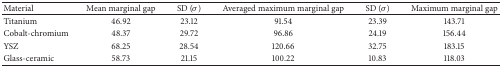
| Material | Mean marginal gap | SD (σ) | Averaged maximum marginal gap | SD (σ) | Maximum marginal gap |
 | --- | --- | --- | --- | --- | --- |
 | Titanium | 46.92 | 23.12 | 91.54 | 23.39 | 143.71 |
 | Cobalt-chromium | 48.37 | 29.72 | 96.86 | 24.19 | 156.44 |
 | YSZ | 68.25 | 28.54 | 120.66 | 32.75 | 183.15 |
 | Glass-ceramic | 58.73 | 21.15 | 100.22 | 10.83 | 118.03 |